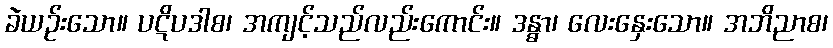
ခဲယဉ်းသော။ ပဋိပဒါစ၊ အကျင့်သည်လည်းကောင်း။ ဒန္ဓာ၊ လေးနှေးသော။ အဘိညာစ၊